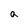
Character: a